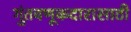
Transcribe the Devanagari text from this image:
गुंतवणूकदारासाठी